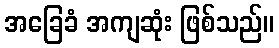
အခြေခံ အကျဆုံး ဖြစ်သည်။